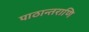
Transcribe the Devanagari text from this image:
पाठान्तराणि